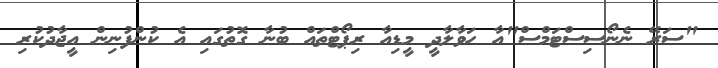
"ސަރޭ ނެނޯސިސްޓަމްސް"އާ ހަވާލާދީ މީޑިއާ ރިޕޯޓްތައް ބުނާ ގޮތުގައި އެ ކުންފުނިން އީޖާދުކުރި